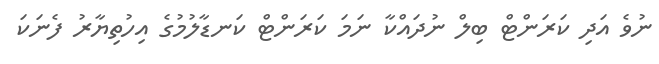
ނުވެ އަދި ކަރަންޓް ބިލް ނުދައްކާ ނަމަ ކަރަންޓް ކަނޑާލުމުގެ އިހުތިޔާރު ފެނަކަ